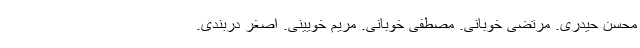
محسن حیدری. مرتضی خوبانی. مصطفی خوبانی. مریم خویینی. اصغر دربندی.